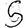
Digit: 5